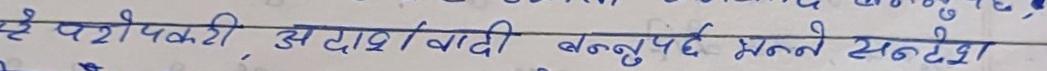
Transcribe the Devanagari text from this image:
परोपकारी, अद्दर्शवादी बन्नुपर्छ भन्ने सन्देश